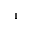
_ 1